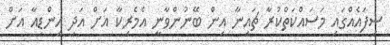
ސިފައެއްގައި މަސައްކަތްކުރާ ޗައިނާ އިން ބޭނުންވާނީ އެމެރިކާ އަށް އަދި އިންޑިއާ އަށް